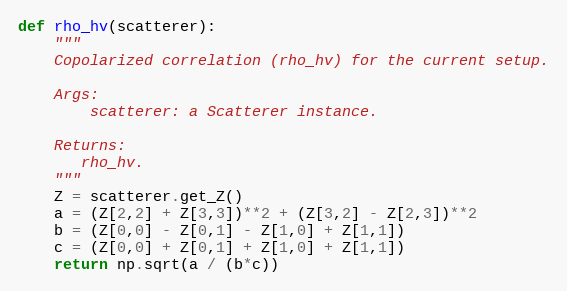
Language: Python
def rho_hv(scatterer):
    """
    Copolarized correlation (rho_hv) for the current setup.

    Args:
        scatterer: a Scatterer instance.

    Returns:
       rho_hv.
    """
    Z = scatterer.get_Z()
    a = (Z[2,2] + Z[3,3])**2 + (Z[3,2] - Z[2,3])**2
    b = (Z[0,0] - Z[0,1] - Z[1,0] + Z[1,1])
    c = (Z[0,0] + Z[0,1] + Z[1,0] + Z[1,1])
    return np.sqrt(a / (b*c))